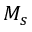
M _ { s }